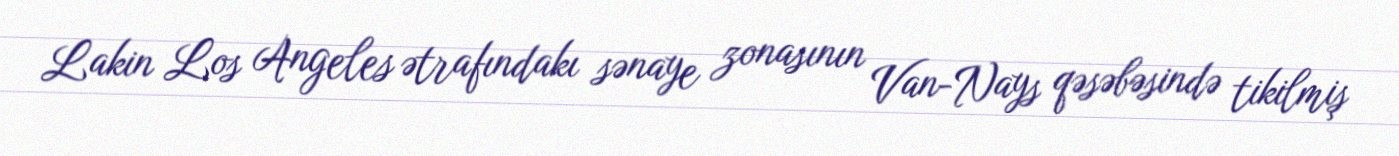
Lakin Los Angeles ətrafındakı sənaye zonasının Van-Nays qəsəbəsində tikilmiş